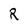
Character: R